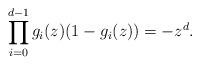
LaTeX: \begin{align*}\prod_{i=0}^{d-1}g_i(z)(1-g_i(z))=-z^d.\end{align*}